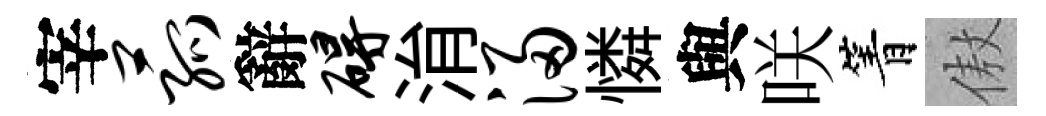
宰菰辭碍㳙浸憐與咲箐傲